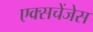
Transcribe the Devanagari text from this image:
एक्सचेंजेस